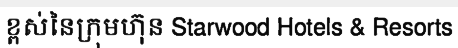
ខ្ពស់នៃក្រុមហ៊ុន Starwood Hotels & Resorts